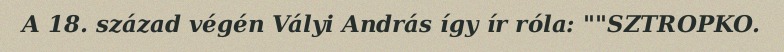
A 18. század végén Vályi András így ír róla: ""SZTROPKO.